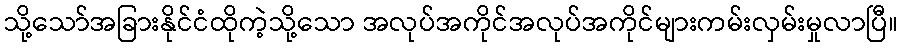
သို့သော်အခြားနိုင်ငံထိုကဲ့သို့သော အလုပ်အကိုင်အလုပ်အကိုင်များကမ်းလှမ်းမှုလာပြီ။